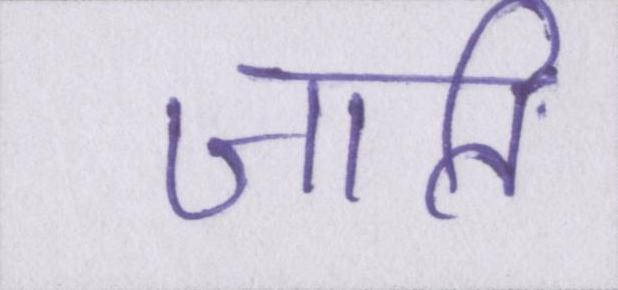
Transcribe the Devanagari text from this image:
जाति